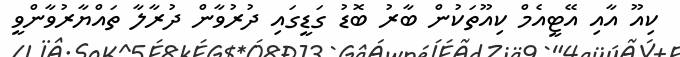
ކިއޫ އާއި އޭޓީއެމް ކިއޫތަކުން ބާރު ބޮޑު ގަޑީގައި ދުރުވާން ދުރާލާ ތައްޔާރުވާންވީ